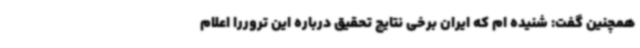
همچنین گفت: شنیده ام که ایران برخی نتایج تحقیق درباره این تروررا اعلام